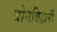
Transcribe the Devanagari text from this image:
बोनबिहारी